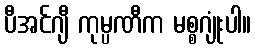
ပီအင်ဂျီ ကုမ္ပဏီက မစ္စဂျုံးပါ။